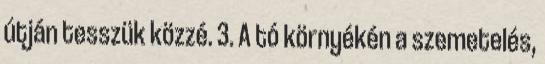
útján tesszük közzé. 3. A tó környékén a szemetelés,